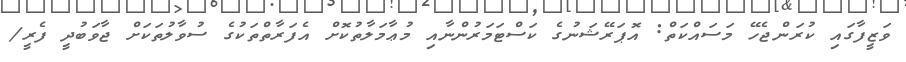
ވަޒީފާގައި ކުރަންޖެހޭ މަސައްކަތް: އޮޕަރޭޝަނުގެ ކަސްޓަމަރުންނާއި މުޢާމަލާތުކޮށް އެފަރާތްތަކުގެ ސުވާލުތަކަށް ޖާވަބުދީ ފެރީ/